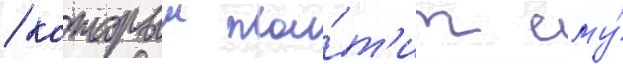
/ которыи пла́т'ит ему́